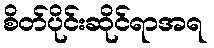
စိတ်ပိုင်းဆိုင်ရာအရ